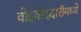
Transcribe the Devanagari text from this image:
वोइवोददारीमध्ये